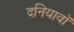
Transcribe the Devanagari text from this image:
दनियावॉ